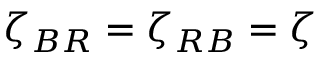
\zeta _ { B R } = \zeta _ { R B } = \zeta